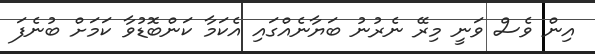
އިން ވެސް ވަނީ މިރޭ ނެރުނު ބަޔާނެއްގައި އެކަމާ ކަންބޮޑުވާ ކަމަށް ބުނެފަ